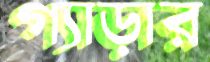
গ্যাড়ার